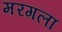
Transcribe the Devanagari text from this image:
मरगला